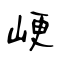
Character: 峺